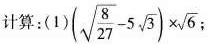
计算：(1) $$( \sqrt{ \frac{8}{27}}-5 \sqrt{3}) \times \sqrt{6}$$;